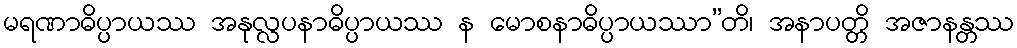
မရဏာဓိပ္ပာယဿ အနုလ္လပနာဓိပ္ပာယဿ န မောစနာဓိပ္ပာယဿာ”တိ၊ အနာပတ္တိ အဇာနန္တဿ